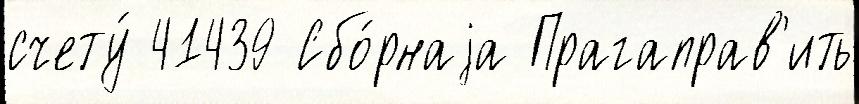
счету́ 41439 Сбо́рнаjа Прагаправ'ить